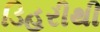
ડિહરીથી